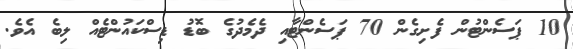
10 ޕަސެންޓުން ފެށިގެން 70 ޕަސެންޓާއި ދެމެދުގެ ބޮޑު ޑިސްކައުންޓެއް ލިބެ އެވެ.